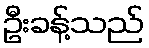
ဦးခန့်သည်